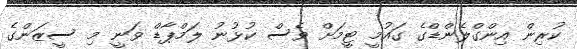
ކުރިން އިންގްލެންޑްގެ ގައުމީ ޓީމަށް ވެސް ކުޅުނު ލަމްޕާޑް ވަނީ މި ސީޒަންގެ